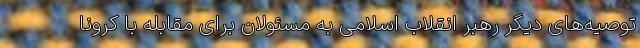
توصیه‌های دیگر رهبر انقلاب اسلامی به مسئولان برای مقابله با کرونا